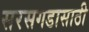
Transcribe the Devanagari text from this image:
सरसगडासाठी